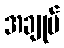
အချုပ်